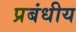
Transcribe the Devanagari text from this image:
प्रबंधीय